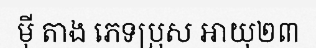
ម៉ី តាង ភេទប្រុស អាយុ២៣